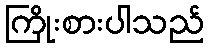
ကြိုးစားပါသည်